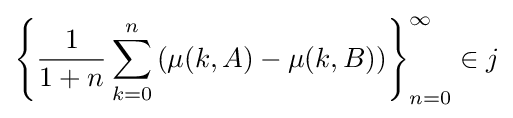
\left\{{\frac {1}{1+n}}\sum _{k=0}^{n}\left(\mu (k,A)-\mu (k,B)\right)\right\}_{n=0}^{\infty }\in j